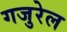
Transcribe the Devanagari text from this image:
गजुरेल